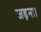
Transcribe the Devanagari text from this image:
जड़ना।